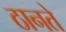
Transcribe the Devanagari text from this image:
ठानते